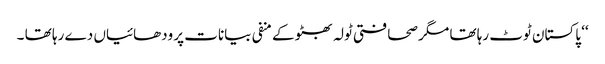
‘‘ پاکستان ٹوٹ رہا تھا مگر صحافتی ٹولہ بھٹو کے منفی بیانات پر ودھائیاں دے رہا تھا ۔